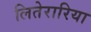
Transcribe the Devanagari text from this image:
लितेरारिया